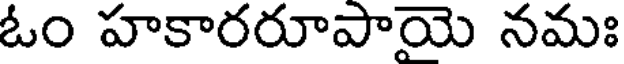
ఓం హకారరూపాయె నమః